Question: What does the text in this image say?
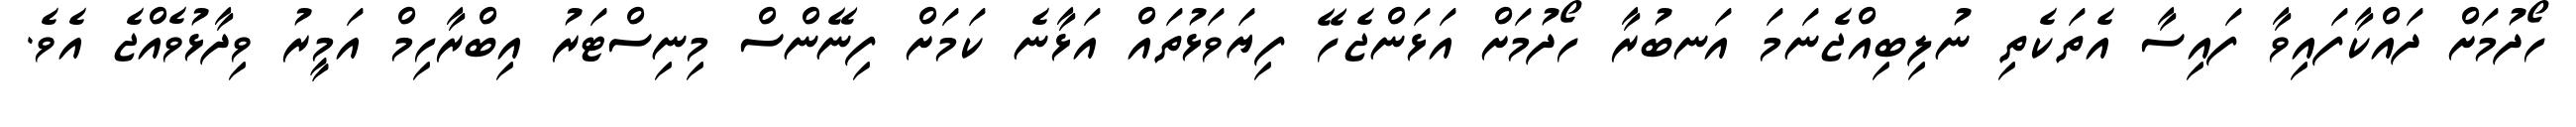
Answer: ހޯދުމަށް ދައްކާފައިވާ ފައިސާ އެތަކެތި ނުލިބިއްޖެނަމަ އަނބުރާ ހޯދުމަށް އަޅަންޖެހޭ ފިޔަވަޅުތައް އަޅާނެ ކަމަށް ފިނޭންސް މިނިސްޓަރު އިބްރާހިމް އަމީރު ވިދާޅުވެއްޖެ އެވެ.